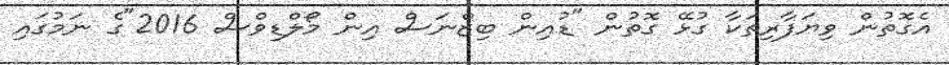
އެގޮތުން ވިޔަފާރިތަކާ ގުޅޭ ގޮތުން "ޑުއިން ބިޒްނަސް އިން މޯލްޑިވްސް 2016"ގެ ނަމުގައި